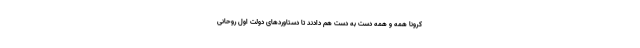
کرونا همه و همه دست به دست هم دادند تا دستاوردهای دولت اول روحانی